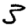
Digit: 3